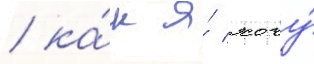
/ ка́к я́ хочу́